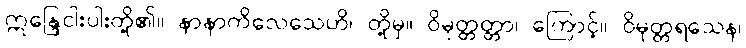
ဣန္ဒြေငါးပါးတို့၏။ နာနာကိလေသေဟိ၊ တို့မှ။ ဝိမုတ္တတ္တာ၊ ကြောင့်။ ဝိမုတ္တရသေန၊